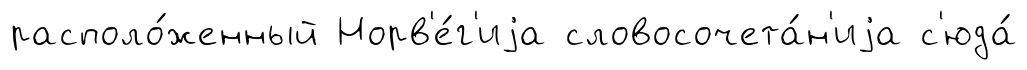
располо́женный Норв'е́г'иjа словосочета́н'иjа с'юда́